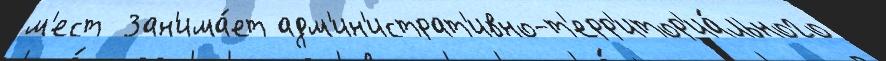
м'ест  Зан'има́ет адм'ин'истрат'ивно-т'ерр'итор'иа́льного